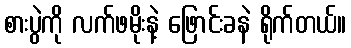
စားပွဲကို လက်ဖမိုးနဲ့ ဖြောင်းခနဲ ရိုက်တယ်။